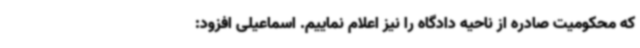
که محکومیت صادره از ناحیه دادگاه را نیز اعلام نماییم. اسماعیلی افزود: